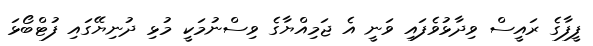
ފީފާގެ ރައީސް ވިދާޅުވެފައި ވަނީ އެ ޖަމިއްޔާގެ ވިސްނުމަކީ މުޅި ދުނިޔޭގައި ފުޓްބޯޅަ